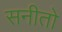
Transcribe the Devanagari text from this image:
सनीतो